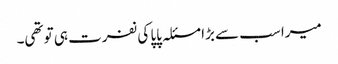
میرا سب سے بڑا مسئلہ پاپا کی نفرت ہی تو تھی۔